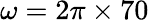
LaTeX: \omega=2\pi\times 70